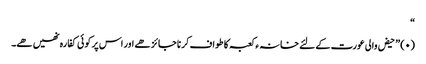
“
(۰) ” حیض والی عورت کے لئے خانہ ء کعبہ کا طواف کرنا جائز ھے اور اس پر کوئی کفارہ نھیں ھے۔